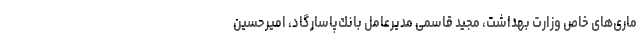
ماری‌های خاص وزارت بهداشت، مجید قاسمی مدیرعامل بانك‌پاسارگاد، امیرحسین